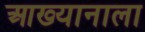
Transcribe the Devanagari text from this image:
आख्यानाला